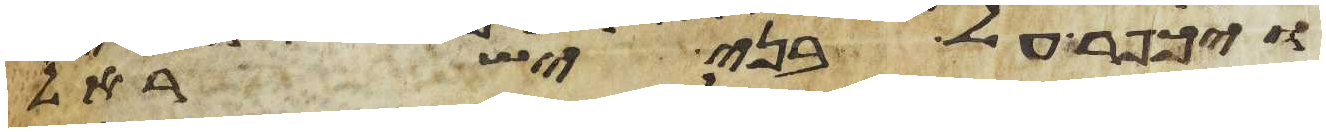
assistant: ויכפר על בני ישראל